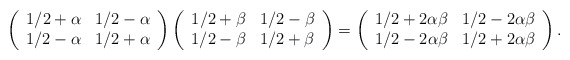
\begin{align*}\left(\begin{array}{cc}1/2 +\alpha & 1/2 -\alpha \\1/2 -\alpha & 1/2 +\alpha \\\end{array}\right) \left(\begin{array}{cc}1/2 +\beta & 1/2 -\beta \\1/2 -\beta & 1/2 +\beta \\\end{array}\right) = \left(\begin{array}{cc}1/2+ 2 \alpha \beta & 1/2 - 2 \alpha \beta \\1/2 - 2 \alpha \beta & 1/2 + 2 \alpha \beta \\\end{array}\right).\end{align*}